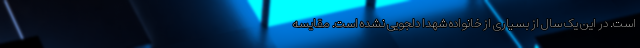
است. در این یک سال از بسیاری از خانواده شهدا دلجویی نشده است. مقایسه